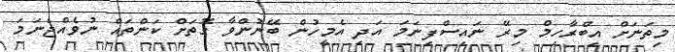
މިތަނަށް އިބްރާހިމް މިރޭ ނައިސްފިނަމަ އަދި އެމީހުން ބޭނުންވާ ގޮތަށް ކަންތައް ނުވެއްޖެނަމަ